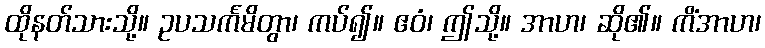
ထိုနတ်သားသို့။ ဥပသင်္ကမိတွာ၊ ကပ်၍။ ဧဝံ၊ ဤသို့။ အာဟ၊ ဆို၏။ ကိံအာဟ၊